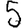
Digit: 5